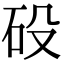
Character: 砓